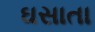
ઘસાતા